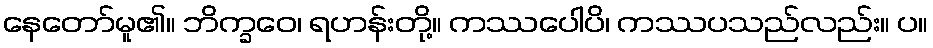
နေတော်မူ၏။ ဘိက္ခဝေ၊ ရဟန်းတို့။ ကဿပေါပိ၊ ကဿပသည်လည်း။ ပ။